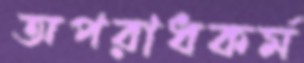
অপরাধকর্ম